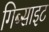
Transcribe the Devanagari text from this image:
गिब्साइट